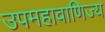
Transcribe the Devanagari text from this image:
उपमहावाणिज्य